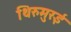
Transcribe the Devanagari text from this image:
थिरुमुरई